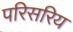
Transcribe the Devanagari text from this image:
परिसरिय